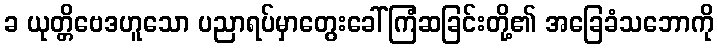
ခ ယုတ္တိဗေဒဟူသော ပညာရပ်မှာတွေးခေါ်ကြံဆခြင်းတို့၏ အခြေခံသဘောကို